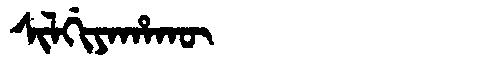
Manchu: ᠰᡳᠯᡤᡳᠶᠠᡥᠠᡴᡡ
Romanization: SILGIYAHAKŪ